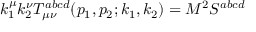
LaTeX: k _ { 1 } ^ { \mu } k _ { 2 } ^ { \nu } T _ { \mu \nu } ^ { a b c d } ( p _ { 1 } , p _ { 2 } ; k _ { 1 } , k _ { 2 } ) = M ^ { 2 } S ^ { a b c d }